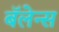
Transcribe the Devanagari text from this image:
बॅलेन्स